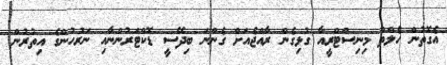
އެގޮތުން ހެލްތް މިނިސްޓްރީއާ ގުޅިގެން ރާއްޖެއަށް ގެންނަ ބިދޭސީ ޑޮކްޓަރުންނާއި ނަރުހުންގެ އިތުރުން